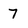
Character: 7